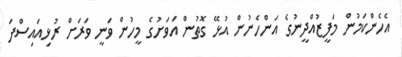
އެހެންކަމުން މަފީޒުއްދީނުގެ އަންހެނުން އުޅޭ ގޮތުން އަވަށުގެ މީހުން ވަނީ ވަރަށް ރުޅިއައިސްފަ